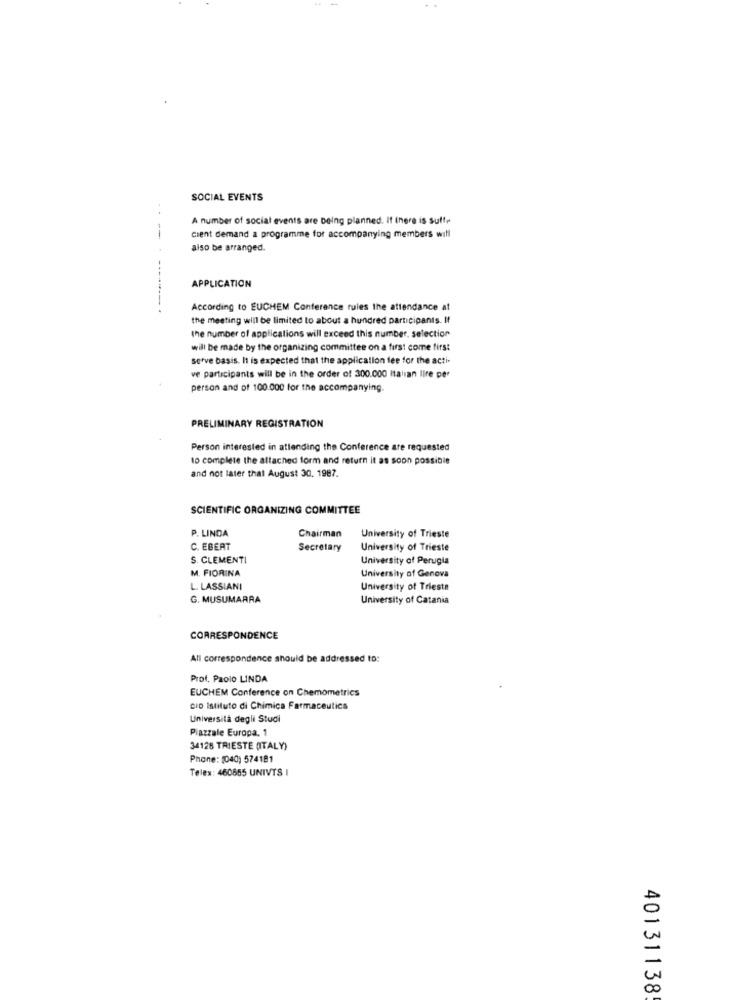
-
SOCIAL EVENTS
A number of social events are being planned. If there is suffe
--
cient demand a programme for accompanying members will
also be arranged.
APPLICATION
According to EUCHEM Conference rules the attendance at
the meeting will be limited to about a hundred participants. It
the number of applications will exceed this number, selection
will be made by the organizing committee on a first come first
Serve basis. It is expected that the application fee for the acti-
ve participants will be in the order of 300.000 Italian lire per
person and of 100.000 for the accompanying.
PRELIMINARY REGISTRATION
Person interested in attending the Conference are requested
to complete the attached form and return it as soon possible
and not later that August 30. 1987.
SCIENTIFIC ORGANIZING COMMITTEE
P. LINDA
Chairman
University of Trieste
C. EBERT
Secretary
University of Trieste
S. CLEMENTI
University of Perugia
M. FIORINA
University of Genova
L. LASSIANI
University of Trieste
G. MUSUMARRA
University of Catania
CORRESPONDENCE
All correspondence should be addressed to:
Prof. Paolo LINDA
EUCHEM Conference on Chemometrics
CID Istituto di Chimica Farmaceutica
Università degli Studi
Piazzale Europa, 1
34128 TRIESTE (ITALY)
Phone: [040) 574181
Teles: 460855 UNIVTS I
40131138